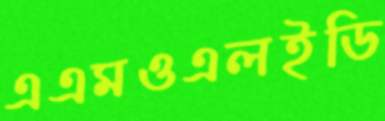
এএমওএলইডি